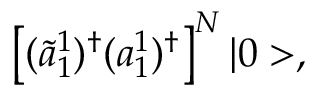
\left[ ( \tilde { a } _ { 1 } ^ { 1 } ) ^ { \dagger } ( a _ { 1 } ^ { 1 } ) ^ { \dagger } \right] ^ { N } | 0 > ,